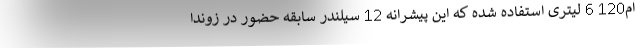
ام120 6 لیتری استفاده شده که این پیشرانه 12 سیلندر سابقه حضور در زوندا